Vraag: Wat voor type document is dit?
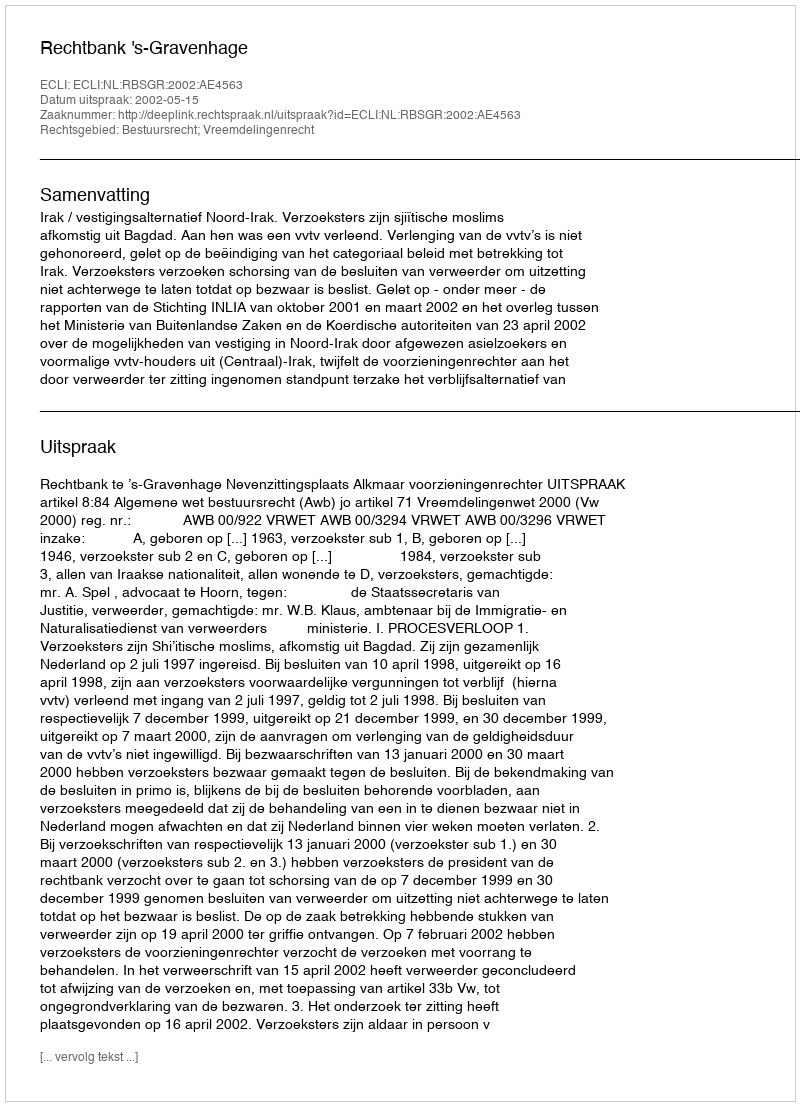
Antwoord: Uitspraak